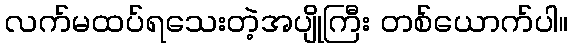
လက်မထပ်ရသေးတဲ့အပျိုကြီး တစ်ယောက်ပါ။